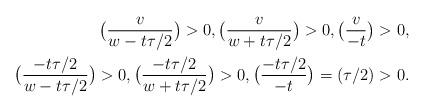
LaTeX: \begin{align*}\big(\frac{v}{w-t\tau/2}\big)>0, \big(\frac{v}{w+t\tau/2}\big)>0, \big(\frac{v}{-t}\big)>0, \\\big(\frac{-t\tau/2}{w-t\tau/2}\big)>0 , \big(\frac{-t\tau/2}{w+t\tau/2}\big)>0, \big(\frac{-t\tau/2}{-t}\big)=(\tau/2)>0 . \end{align*}